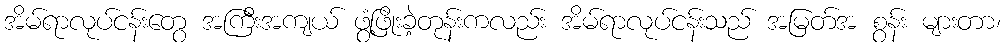
အိမ်ရာလုပ်ငန်းတွေ အကြီးအကျယ် ဖွံ့ဖြိုးခဲ့တုန်းကလည်း အိမ်ရာလုပ်ငန်းသည် အမြတ်အ စွန်း များတာ၊